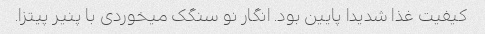
کیفیت غذا شدیدا پایین بود. انگار نو سنگک میخوردی با پنیر پیتزا.